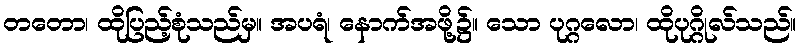
တတော၊ ထိုပြည့်စုံသည်မှ။ အပရံ၊ နောက်အဖို့၌။ သော ပုဂ္ဂလော၊ ထိုပုဂ္ဂိုလ်သည်။